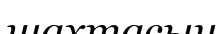
шахтасын